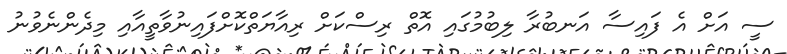
ސީ އަށް އެ ފައިސާ އަނބުރާ ލިބުމުގައި އޮތް ރިސްކަށް ރިއާޔަތްކޮށްފައިނުވާތީއާއި މިދެންނެވުނު